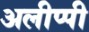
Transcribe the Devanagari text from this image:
अलीप्पी